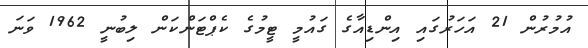
އުމުރުން 21 އަހަރުގައި އިންޑިއާގެ ގައުމީ ޓީމުގެ ކެޕްޓަންކަން ލިބުނީ 1962 ވަނަ